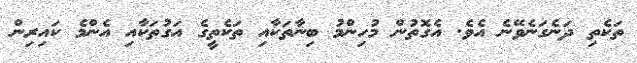
ތަކެތި ދަނެގަނެވޭނެ އެވެ. އެގޮތުން މުހިންމު ބިނާތަކާއި ތަކެތީގެ އަގުތަކާއި އެންމެ ކައިރިން